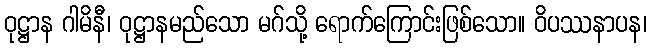
ဝုဋ္ဌာန ဂါမိနီ၊ ဝုဋ္ဌာနမည်သော မဂ်သို့ ရောက်ကြောင်းဖြစ်သော။ ဝိပဿနာပန၊